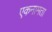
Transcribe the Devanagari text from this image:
एकनामता